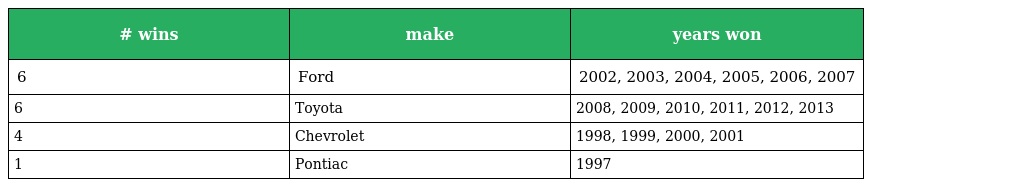
| # wins | make | years won |
 | --- | --- | --- |
 | 6 | Ford | 2002, 2003, 2004, 2005, 2006, 2007 |
 | 6 | Toyota | 2008, 2009, 2010, 2011, 2012, 2013 |
 | 4 | Chevrolet | 1998, 1999, 2000, 2001 |
 | 1 | Pontiac | 1997 |